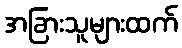
အခြားသူများထက်